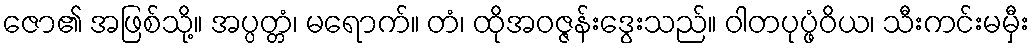
ဇော၏ အဖြစ်သို့။ အပ္ပတ္တံ၊ မရောက်။ တံ၊ ထိုအဝဇ္ဇန်းဒွေးသည်။ ဝါတပုပ္ဖံဝိယ၊ သီးကင်းမမှီး